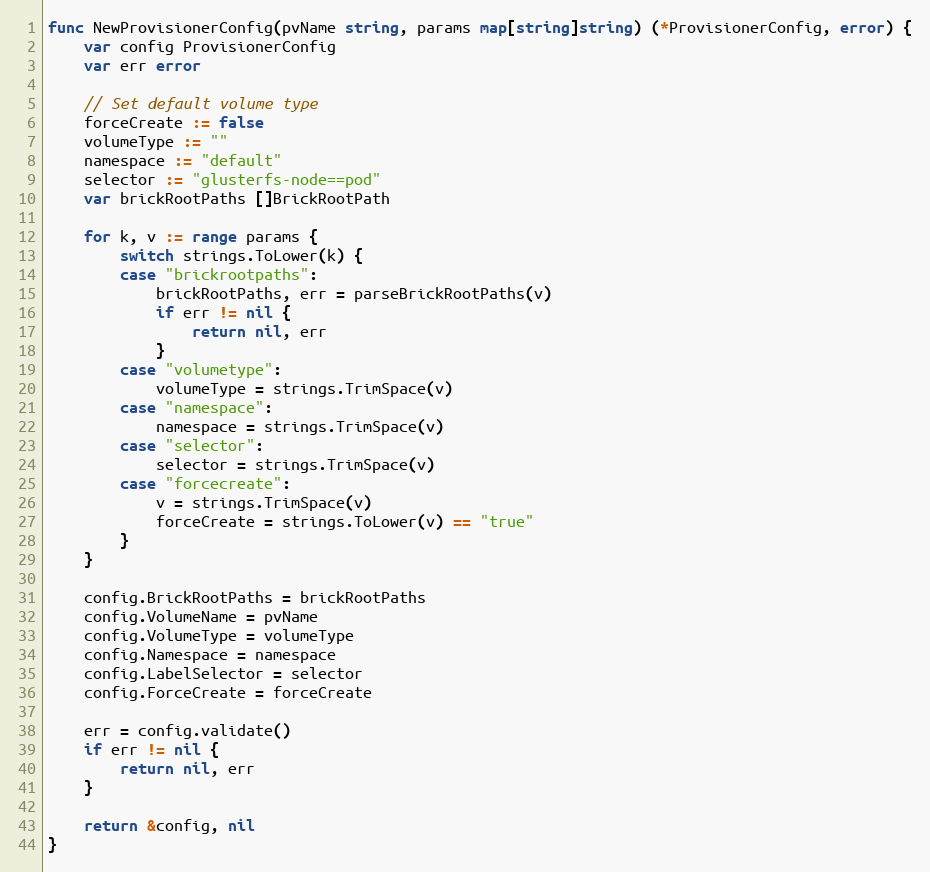
Language: Go
func NewProvisionerConfig(pvName string, params map[string]string) (*ProvisionerConfig, error) {
	var config ProvisionerConfig
	var err error

	// Set default volume type
	forceCreate := false
	volumeType := ""
	namespace := "default"
	selector := "glusterfs-node==pod"
	var brickRootPaths []BrickRootPath

	for k, v := range params {
		switch strings.ToLower(k) {
		case "brickrootpaths":
			brickRootPaths, err = parseBrickRootPaths(v)
			if err != nil {
				return nil, err
			}
		case "volumetype":
			volumeType = strings.TrimSpace(v)
		case "namespace":
			namespace = strings.TrimSpace(v)
		case "selector":
			selector = strings.TrimSpace(v)
		case "forcecreate":
			v = strings.TrimSpace(v)
			forceCreate = strings.ToLower(v) == "true"
		}
	}

	config.BrickRootPaths = brickRootPaths
	config.VolumeName = pvName
	config.VolumeType = volumeType
	config.Namespace = namespace
	config.LabelSelector = selector
	config.ForceCreate = forceCreate

	err = config.validate()
	if err != nil {
		return nil, err
	}

	return &config, nil
}